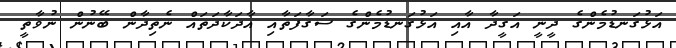
އަޅުގަނޑުމެންގެ ދީނީ އަގީދާ އާއި އަޅުގަނޑުމެންގެ ސަގާފަތާއި އާދަކާދަތައް ނެތިދާން ބޭނުން ނުވާތީ